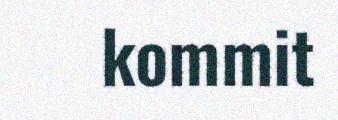
kommit